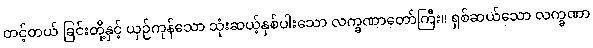
တင့်တယ် ခြင်းတို့နှင့် ယှဉ်ကုန်သော သုံးဆယ့်နှစ်ပါးသော လက္ခဏာတော်ကြီး။ ရှစ်ဆယ်သော လက္ခဏာ